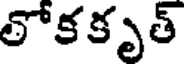
లోకకృత్